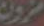
مزون